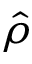
\hat { \rho }